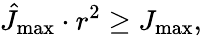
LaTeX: \hat{J}_{\operatorname*{max}}\cdot r^{2}\geq J_{\operatorname*{max}},